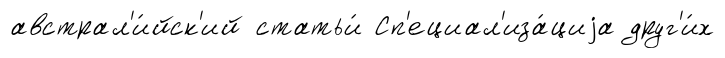
австрал'и́йск'ий статьи́ Сп'ециал'иза́циjа друг'и́х